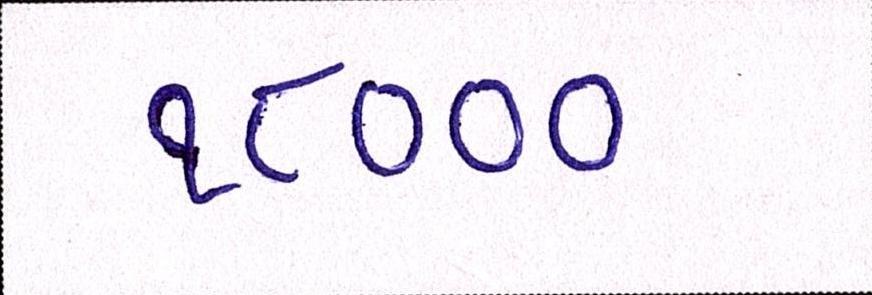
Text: ૧૮૦૦૦